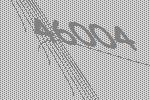
46004